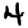
Digit: 4